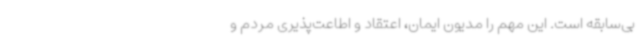
بی‌سابقه است. این مهم را مدیون ایمان، اعتقاد و اطاعت‌پذیری مردم و